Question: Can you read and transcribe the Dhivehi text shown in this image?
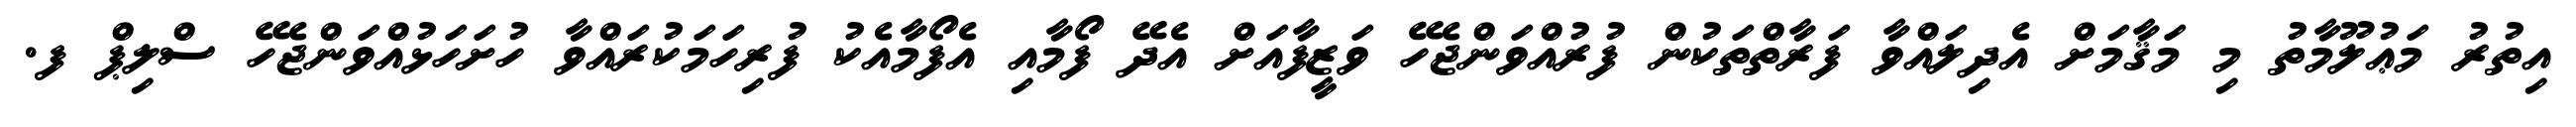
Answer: އިތުރު މަޢުލޫމާތު މި މަޤާމަށް އެދިލައްވާ ފަރާތްތަކުން ފުރުއްވަންޖެހޭ ވަޒީފާއަށް އެދޭ ފޯމާއި އެފޯމާއެކު ފުރިހަމަކުރައްވާ ހުށަހަޅުއްވަންޖެހޭ ސްލިޕް ފ.